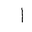
Letter: _alif